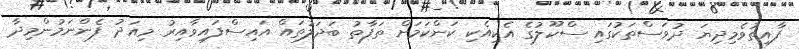
ފާއިތުވެމިދިޔަ ދުވަސްތަކުގައި ސްކޫލުގެ އެކިއެކި ކަންކަމަށް ތަފާތު ބަދަލުތައް އައިސްފައިވާއިރު މިއަދު ފެންނަމުންމިދާ